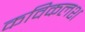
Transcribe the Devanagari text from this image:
कविकलश